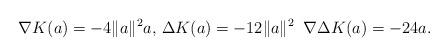
LaTeX: \begin{align*}\nabla K(a)=-4\Vert a\Vert^{2}a,\,\Delta K(a)=-12\Vert a \Vert^{2}\; \;\nabla\Delta K(a)=-24a.\end{align*}